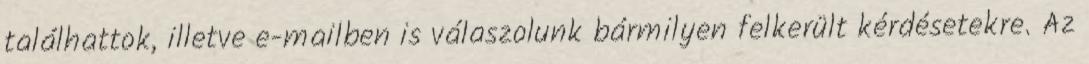
találhattok, illetve e-mailben is válaszolunk bármilyen felkerült kérdésetekre. Az